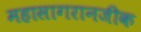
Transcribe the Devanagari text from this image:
महासागरानजीक